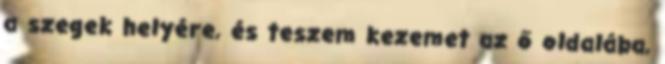
a szegek helyére, és teszem kezemet az ő oldalába,